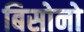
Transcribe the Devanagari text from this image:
बिसोनो